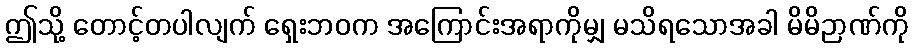
ဤသို့ တောင့်တပါလျက် ရှေးဘဝက အကြောင်းအရာကိုမျှ မသိရသောအခါ မိမိဉာဏ်ကို